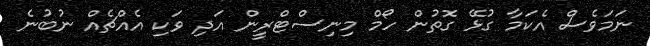
ނަމަވެސް އެކަމާ ގުޅޭ ގޮތުން ހޯމް މިނިސްޓްރީން އަދި ވަކި އެއްޗެއް ނުބުނެ